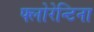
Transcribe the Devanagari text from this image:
फ्लोरेन्टिना